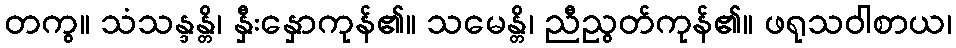
တကွ။ သံသန္ဒန္တိ၊ နှီးနှောကုန်၏။ သမေန္တိ၊ ညီညွတ်ကုန်၏။ ဖရုသဝါစာယ၊